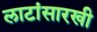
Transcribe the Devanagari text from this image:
लाटांसारखी